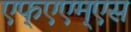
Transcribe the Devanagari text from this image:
एफ्‌एएम्‌एस